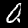
Label: 0